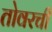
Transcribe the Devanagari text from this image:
तोवरची